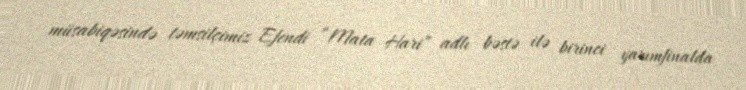
müsabiqəsində təmsilçimiz Efendi “Mata Hari” adlı bəstə ilə birinci yarımfinalda